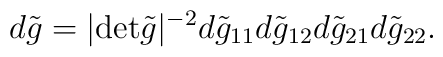
d \tilde g = |{\rm det} \tilde g|^{-2}            d \tilde g_{11} d \tilde g_{12}            d \tilde g_{21} d \tilde g_{22}.